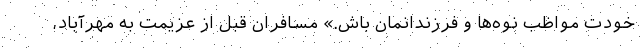
خودت مواظب نوه‌ها و فرزندانمان باش.» مسافران قبل از عزیمت به مهرآباد،